Medical and sanitary report of the native army of Madras for the year
Year: 1876
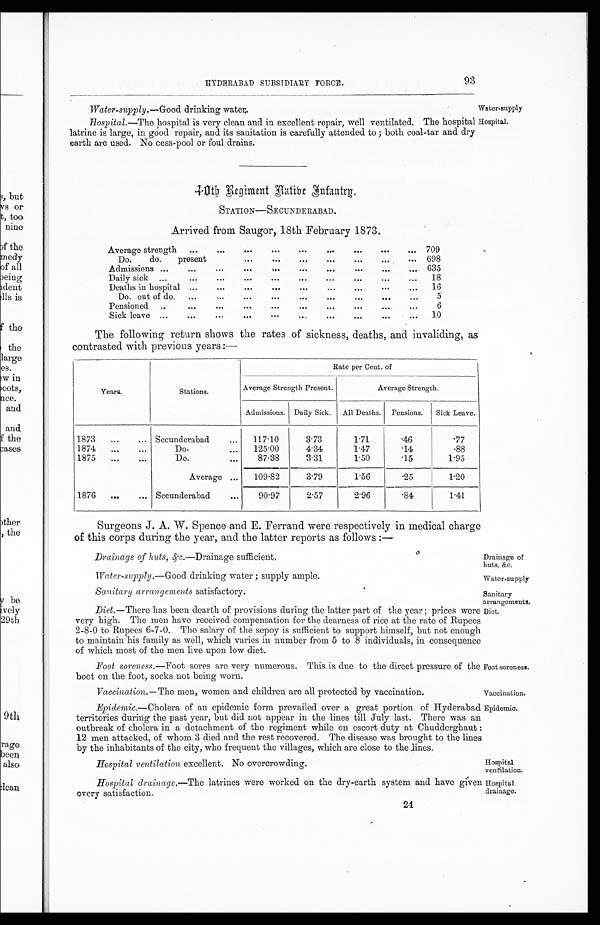
Water-supply.—Good drinking water.
Water-supply
Drainage of huts, &c.—Drainage sufficient.
Drainage of
huts, &c.
Water-supply.— Good drinking water ; supply ample.
Water-supply
Sanitary
arrangements.
Diet.
Hospital ventilation excellent. No overcrowding.
Hospital
ventilation.
HYDERABAD SUBSIDIARY FORCE.
93
Hospital. —The hospital is very clean and in excellent repair, well ventilated. The hospital Hospital.
latrine is large, in good repair, and its sanitation is carefully attended to ; both coal-tar and dry
earth are used. No cess-pool or foul drains.
40th Regiment Native Infantry.
S T A T I O N — S E C U N D E R A B A D .
Arrived from Saugor, 18th February 1873.
Average strength
...
....
...
...
...
...
...
...
. . .
709
Do.
do.
present
....
...
....
...
. . .
698
Admissions ...
... ... ... ... ... ... ... ...
635
Daily sick ...
...
...
....
....
...
...
...
....
...
18
Deaths in hospital ...
...
...
...
...
...
...
...
...
16
Do . out of do.
...
...
....
...
. . .
. . .
. . .
. . . .
. . .
5
Pensioned ..
...
...
...
...
...
...
...
...
...
6
Sick leave ...
...
. . . .
. . .
. . .
. . .
. . .
. . .
. . .
. . .
10
The following return shows the rates of sickness, deaths, and invaliding, as
contrasted with previous years :—
Years.
Stations.
Rate per Cent. of
Average Strength Present.
Average Strength.
Admissions. Daily Sick.
All Deaths. Pensions.
Sick Leave.
1873
...
... Secunderabad
...
117.10
3.73
1.71
.46
.77
1874
...
...
Do.
...
125.00
4.34
1.47
.14
.88
1875
...
...
Do.
...
87.38
3.31
1.50
.15
1.95
Average ...
109.82
3.79
1.56
.25
1.20
1876
...
... Secunderabad
...
90.97
2.57
2.96
.84
1.41
Surgeons J. A. W. Spence and E. Ferrand were respectively in medical charge
of this corps during the year, and the latter reports as follows :—
Sanitary arrangements satisfactory.
Diet. —There has been dearth of provisions during the latter part of the year ; prices were
very high. The men have received compensation for the dearness of rice at the rate of Rupees
2-8-0 to Rupees 6-7-0. The salary of the sepoy is sufficient to support himself, but not enough
to maintain his family as well, which varies in number from 5 to 8 individuals, in consequence
of which most of the men live upon low diet.
Foot soreness. —Foot sores are very numerous. This is due to the direct pressure of the
boot on the foot, socks not being worn.
Foot soreness.
Vaccination. — The men, women and children are all protected by vaccination.
Vaccination.
Epidemic. —Cholera of an epidemic form prevailed over a great portion of Hyderabad
territories during the past year, but did not appear in the lines till July last. There was an
outbreak of cholera in a detachment of the regiment while on escort duty at Chudderghaut :
12 men attacked, of whom 3 died and the rest recovered. The disease was brought to the lines
by the inhabitants of the city, who frequent the villages, which are close to the lines.
Epidemic.
Hospital drainage. —The latrines were worked on the dry-earth system and have given
every satisfaction.
24
Hospital
drainage.